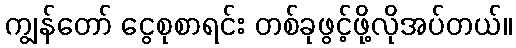
ကျွန်တော် ငွေစုစာရင်း တစ်ခုဖွင့်ဖို့လိုအပ်တယ်။